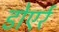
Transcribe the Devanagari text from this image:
डोएर्र